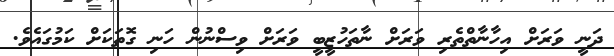
ދަނީ ވަރަށް އިހާނާތްތެރި ވަރަށް ނާތަހުޒީބީ ވަރަށް ވިސްނުން ހަނި ގޮތަކަށް ކަމުގައެވެ.